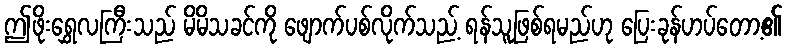
ဤဖိုးရွှေလကြီးသည် မိမိသခင်ကို ဖျောက်ပစ်လိုက်သည့် ရန်သူဖြစ်ရမည်ဟု ပြေးခုန်ဟပ်တော့၏